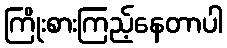
ကြိုးစားကြည့်နေတာပါ